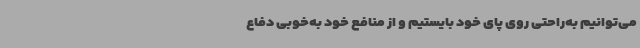
می‌توانیم به‌راحتی روی پای خود بایستیم و از منافع خود به‌خوبی دفاع